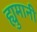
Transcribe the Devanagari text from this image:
ह्युमानी